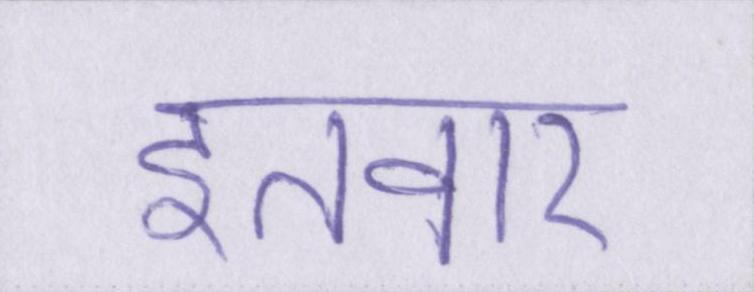
इतवार